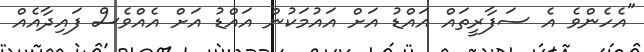
"އެހެންވެ އެ ސަފާރީތައް އައްޑު އަށް އައުމަކުން އައްޑު އަށް އެއްވެސް ފައިދާއެއް